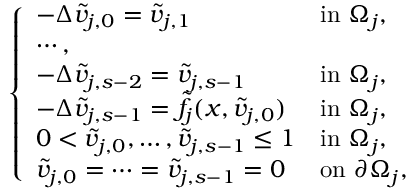
\left\{ \begin{array} { l l } { - \Delta \tilde { v } _ { j , 0 } = \tilde { v } _ { j , 1 } \ \ \ \ \ \ \ \ \ \ } & { \mathrm { i n } \, \, \Omega _ { j } , } \\ { \cdots , } \\ { - \Delta \tilde { v } _ { j , s - 2 } = \tilde { v } _ { j , s - 1 } } & { \mathrm { i n } \, \, \Omega _ { j } , } \\ { - \Delta \tilde { v } _ { j , s - 1 } = \tilde { f } _ { j } ( x , \tilde { v } _ { j , 0 } ) } & { \mathrm { i n } \, \, \Omega _ { j } , } \\ { 0 < \tilde { v } _ { j , 0 } , \ldots , \tilde { v } _ { j , s - 1 } \leq 1 } & { \mathrm { i n } \, \, \Omega _ { j } , } \\ { \tilde { v } _ { j , 0 } = \cdots = \tilde { v } _ { j , s - 1 } = 0 } & { \mathrm { o n } \, \, \partial \Omega _ { j } , } \end{array} \right.